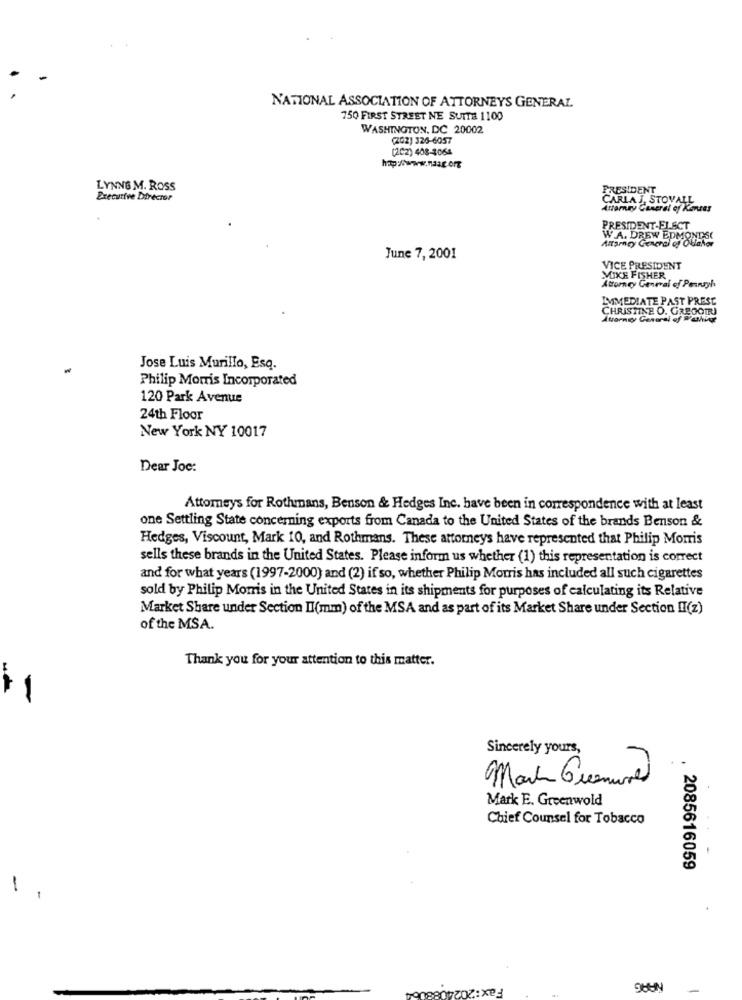
NATIONAL ASSOCIATION OF ATTORNEYS GENERAL
750 FIRST STREET NE SUITE 1100
WASHINGTON, DC 20002
(202) 326-6057
(202) 408-3064
hp:www.naag.org
LYNN6.M. Ross
PRESIDENT
Executive Director
CARLA J. STOVALL
Attorney Cameral of Kimras
PRESIDENT-ELECT
Altarney General of Obiaher
W.A. DREW EDMONDSC
June 7, 2001
VICE PRESIDENT
MIKE FISHER
Attorney General of Pennsyh
IMMEDIATE PAST PRESE
CHRISTINE O. GREGOTRI
Attorney General of Washing
U.U.
Jose Luis Murillo, Esq.
Philip Morris Incorporated
120 Park Avenue
24th Floor
New York NY 10017
Dear Joc:
Attomeys for Rothmans, Benson & Hedges Inc. have been in correspondence with at least
one Settling State concerning exports from Canada to the United States of the brands Benson &
Hedges, Viscount, Mark 10, and Rothmans. These attorneys have represented that Philip Morris
sells these brands in the United States. Please inform us whether (1) this representation is correct
and for what years (1997-2000) and (2) if so, whether Philip Morris has included all such cigarettes
sold by Philip Morris in the United States in its shipments for purposes of calculating it's Relative
Market Share under Section II(mm) of the MSA and as part of its Market Share under Section II(z)
of the MSA.
Thank you for your attention to this matter.
11
Sincerely yours,
Mark E. Greenwold
Chief Counsel for Tobacco
. 2085616059
-
Fax :2
SHUN
-